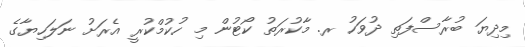
މިދިޔަ ބުރާސްފަތި ދުވަހު ރ. މާކުރަތު ކޯޓުން މި ހުކުމްކުރީ އެރަށު ނަލަހިޔާގެ